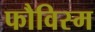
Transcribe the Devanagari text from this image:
फौविस्म